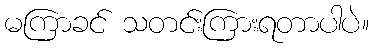
မကြာခင် သတင်းကြားရတာပါပဲ။